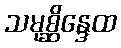
သမုစ္ဆိန္ဒေထ